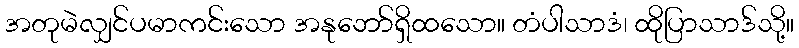
အတုမဲလျှင်ပမာကင်းသော အနုဘော်ရှိထသော။ တံပါသာဒံ၊ ထိုပြာသာဒ်သို့။